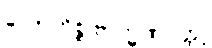
လောဟိစ္စဗြာဟ္မဏဝတ္ထု